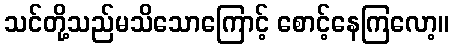
သင်တို့သည်မသိသောကြောင့် စောင့်နေကြလော့။